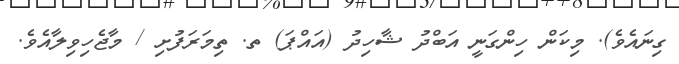
ގިނައެވެ). މިކަން ހިންގަނީ އަބްދު ޝާހިދު (އައްޕަ) ތ. ތިމަރަފުށި / މާޖެހިވިލާއެވެ.